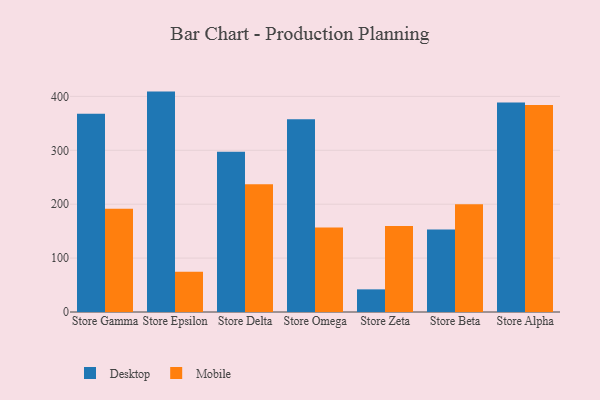
{"axis": {"x": "Store", "y": "Tickets Resolved"}, "legend": ["Desktop", "Mobile"], "data": [{"x": "Store Gamma", "y": 367.8, "type": "Desktop"}, {"x": "Store Gamma", "y": 191.7, "type": "Mobile"}, {"x": "Store Epsilon", "y": 408.9, "type": "Desktop"}, {"x": "Store Epsilon", "y": 74.7, "type": "Mobile"}, {"x": "Store Delta", "y": 297.5, "type": "Desktop"}, {"x": "Store Delta", "y": 237.2, "type": "Mobile"}, {"x": "Store Omega", "y": 357.7, "type": "Desktop"}, {"x": "Store Omega", "y": 156.6, "type": "Mobile"}, {"x": "Store Zeta", "y": 42.0, "type": "Desktop"}, {"x": "Store Zeta", "y": 159.6, "type": "Mobile"}, {"x": "Store Beta", "y": 153.1, "type": "Desktop"}, {"x": "Store Beta", "y": 199.7, "type": "Mobile"}, {"x": "Store Alpha", "y": 388.7, "type": "Desktop"}, {"x": "Store Alpha", "y": 384.1, "type": "Mobile"}]}